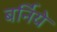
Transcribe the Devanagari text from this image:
बर्निये